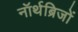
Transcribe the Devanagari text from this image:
नॉर्थब्रिजों